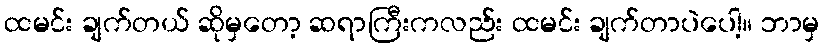
ထမင်း ချက်တယ် ဆိုမှတော့ ဆရာကြီးကလည်း ထမင်း ချက်တာပဲပေါ့။ ဘာမှ